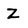
Character: Z